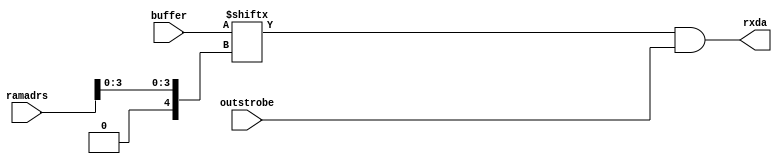
// Copyright 1991-2015 Mentor Graphics Corporation

// All Rights Reserved.

// THIS WORK CONTAINS TRADE SECRET AND PROPRIETARY INFORMATION
// WHICH IS THE PROPERTY OF MENTOR GRAPHICS CORPORATION
// OR ITS LICENSORS AND IS SUBJECT TO LICENSE TERMS.

//
// Description : Produces the output pointer logic.

`timescale 1ns / 1ns

module retrieve ( outstrobe, ramadrs , rxda, buffer );

    parameter counter_size = 4;
    parameter buffer_size = 16;

    // Define block I/O's
    input  outstrobe ;
    input [(counter_size * 2):0] ramadrs;
    output rxda;
    input [buffer_size-1:0] buffer;

    // Define wires for connecting wires.
    wire  outstrobe, rxda;
    wire [(counter_size * 2):0] ramadrs;
    wire [buffer_size-1:0] buffer;

    // Define Register types for storage
    reg rd0a;

    //
    // Produces the decode logic which pointers
    // to each location of the shift register.
    //
    always @ (buffer or ramadrs[counter_size-1:0] )
    begin: retriever
        integer i;
        i = ramadrs[counter_size-1:0];
        rd0a <= buffer[i] ;
    end

    // Assignment of receive data
    assign rxda = rd0a && outstrobe;

endmodule